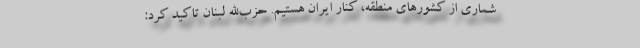
شماری از کشورهای منطقه، کنار ایران هستیم. حزب‌الله لبنان تاکید کرد: